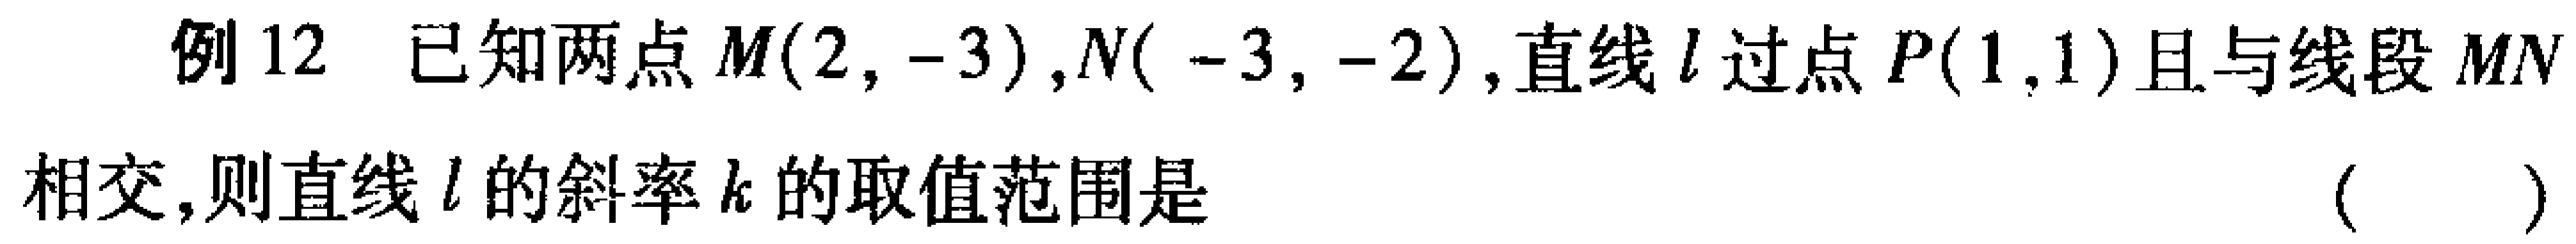
例12 已知两点$M(2,-3),N(-3,-2)$,直线$l$过点$P(1,1)$且与线段$MN$相交,则直线$l$的斜率$k$的取值范围是（  ）